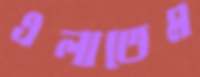
এলাতেম